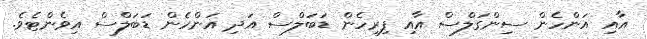
އާއި އަންހެން ސިންގަލްސް އާއި ފިރިހެން ޑަބަލްސް އަދި އަންހެން ޑަބަލްސް އިވެންޓެވެ.